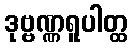
ဒုဗ္ဗဏ္ဏရူပါတ္ထ